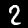
Label: 2